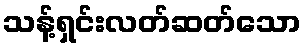
သန့်ရှင်းလတ်ဆတ်သော